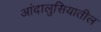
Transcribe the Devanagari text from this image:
आंदालुसियातील